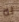
له